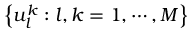
\left\{ u _ { l } ^ { k } : l , k = 1 , \cdots , M \right\}